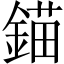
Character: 錨